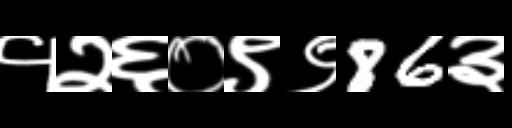
Text: १२६०९९86३